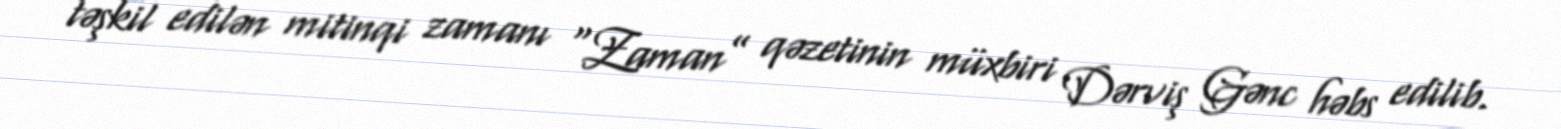
təşkil edilən mitinqi zamanı “Zaman” qəzetinin müxbiri Dərviş Gənc həbs edilib.